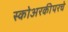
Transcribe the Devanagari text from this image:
स्कोअरकीपरचे